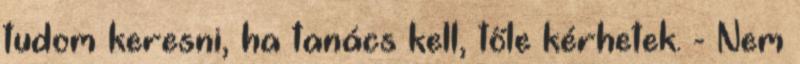
tudom keresni, ha tanács kell, tőle kérhetek. - Nem